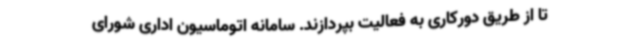
تا از طریق دورکاری به فعالیت بپردازند. سامانه اتوماسیون اداری شورای